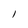
Character: l